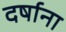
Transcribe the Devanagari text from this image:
दर्षाना